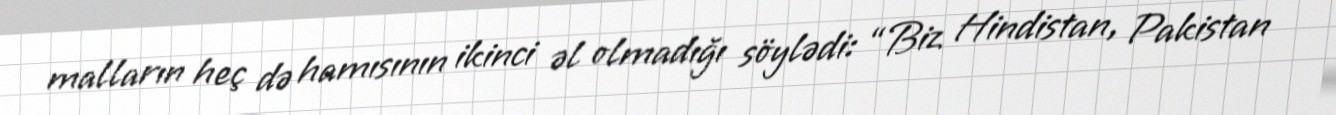
malların heç də hamısının ikinci əl olmadığı söylədi: “Biz Hindistan, Pakistan